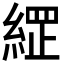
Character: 𮈣